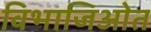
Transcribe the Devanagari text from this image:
विभाजिओत